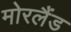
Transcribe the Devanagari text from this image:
मोरलैंड